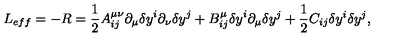
L _ { e f f } = - R = \frac { 1 } { 2 } A _ { i j } ^ { \mu \nu } \partial _ { \mu } { \delta y } ^ { i } \partial _ { \nu } { \delta y } ^ { j } + B _ { i j } ^ { \mu } { \delta y } ^ { i } \partial _ { \mu } \delta y ^ { j } + \frac { 1 } { 2 } C _ { i j } \delta y ^ { i } \delta y ^ { j } ,